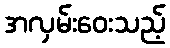
အလှမ်းဝေးသည့်